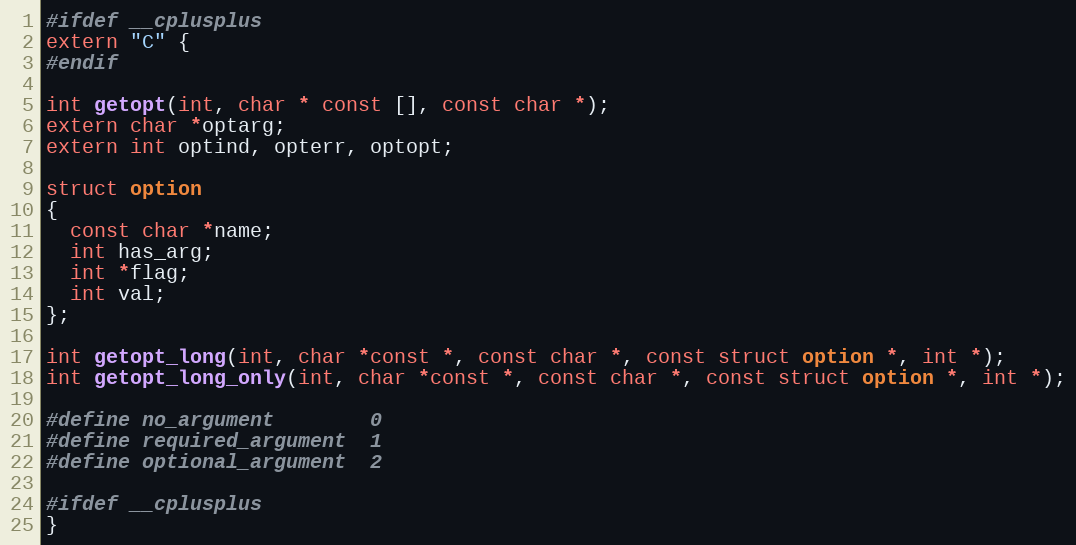
Language: C
#ifdef __cplusplus
extern "C" {
#endif

int getopt(int, char * const [], const char *);
extern char *optarg;
extern int optind, opterr, optopt;

struct option
{
  const char *name;
  int has_arg;
  int *flag;
  int val;
};

int getopt_long(int, char *const *, const char *, const struct option *, int *);
int getopt_long_only(int, char *const *, const char *, const struct option *, int *);

#define no_argument        0
#define required_argument  1
#define optional_argument  2

#ifdef __cplusplus
}